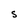
Character: S